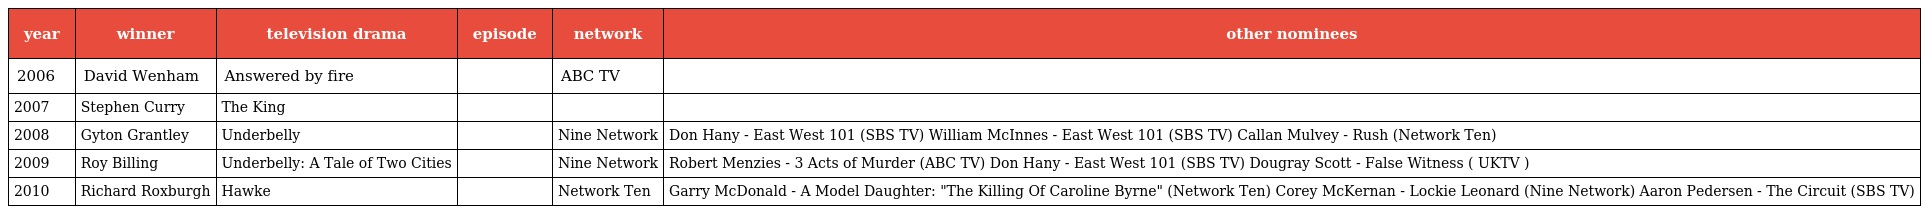
| year | winner | television drama | episode | network | other nominees |
 | --- | --- | --- | --- | --- | --- |
 | 2006 | David Wenham | Answered by fire |  | ABC TV |  |
 | 2007 | Stephen Curry | The King |  |  |  |
 | 2008 | Gyton Grantley | Underbelly |  | Nine Network | Don Hany - East West 101 (SBS TV) William McInnes - East West 101 (SBS TV) Callan Mulvey - Rush (Network Ten) |
 | 2009 | Roy Billing | Underbelly: A Tale of Two Cities |  | Nine Network | Robert Menzies - 3 Acts of Murder (ABC TV) Don Hany - East West 101 (SBS TV) Dougray Scott - False Witness ( UKTV ) |
 | 2010 | Richard Roxburgh | Hawke |  | Network Ten | Garry McDonald - A Model Daughter: "The Killing Of Caroline Byrne" (Network Ten) Corey McKernan - Lockie Leonard (Nine Network) Aaron Pedersen - The Circuit (SBS TV) |